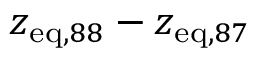
z _ { \mathrm { e q } , 8 8 } - z _ { \mathrm { e q } , 8 7 }